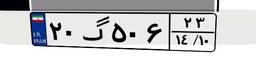
۲۰گ۵۰۶۲۳